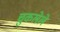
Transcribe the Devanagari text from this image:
चुकलेले